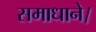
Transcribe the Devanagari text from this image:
समाधाने।